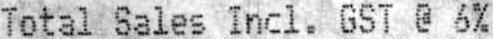
TOTAL SALES INCL. GST @ 6%